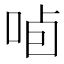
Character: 𱒯